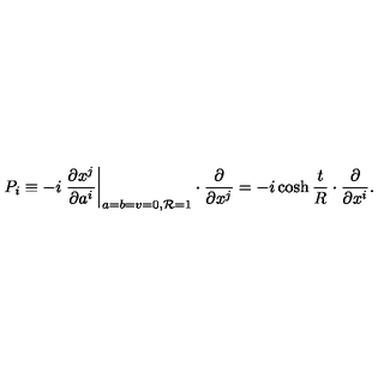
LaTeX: P _ { i } \equiv - i \left. \frac { \partial x ^ { j } } { \partial a ^ { i } } \right| _ { a = b = v = 0 , { \cal R } = 1 } \cdot \frac { \partial } { \partial x ^ { j } } = - i \cosh \frac { t } { R } \cdot \frac { \partial } { \partial x ^ { i } } .